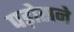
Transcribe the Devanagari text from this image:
पड़ोसने